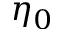
\eta _ { 0 }